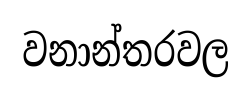
වනාන්තරවල